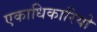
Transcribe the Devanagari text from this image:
एकाधिकारियो